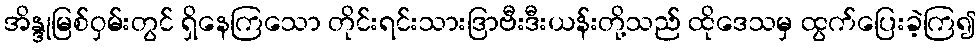
အိန္ဒုမြစ်ဝှမ်းတွင် ရှိနေကြသော တိုင်းရင်းသားဒြာဗီးဒီးယန်းတို့သည် ထိုဒေသမှ ထွက်ပြေးခဲ့ကြ၍